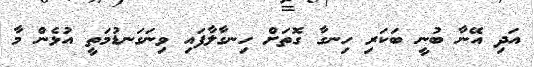
އަދި އޭނާ ބުނީ ބަކަރި ހިނގާ ގޮތަށް ހިނގާލާފައި ވިނަގަނޑުމަތީ އުޅެން މާ